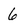
Character: 6